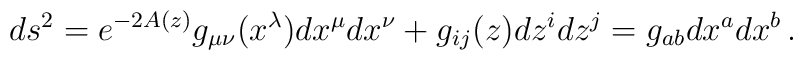
ds^2= e^{-2A(z)} g_{\mu\nu}(x^\lambda)dx^{\mu}dx^{\nu}+g_{ij}(z)dz^i dz^j= g_{ab}dx^a dx^b\,.